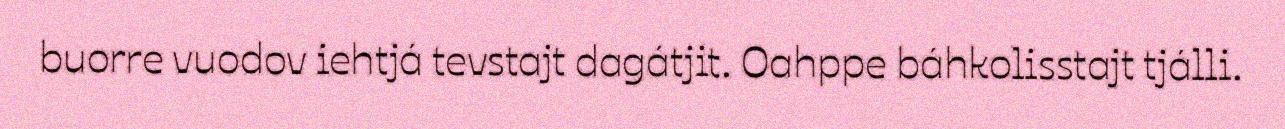
buorre vuodov iehtjá tevstajt dagátjit. Oahppe báhkolisstajt tjálli.